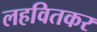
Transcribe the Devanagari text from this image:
लहवितकर